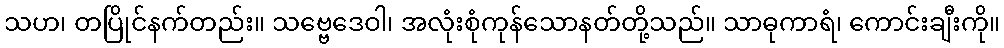
သဟ၊ တပြိုင်နက်တည်း။ သဗ္ဗေဒေဝါ၊ အလုံးစုံကုန်သောနတ်တို့သည်။ သာဓုကာရံ၊ ကောင်းချီးကို။